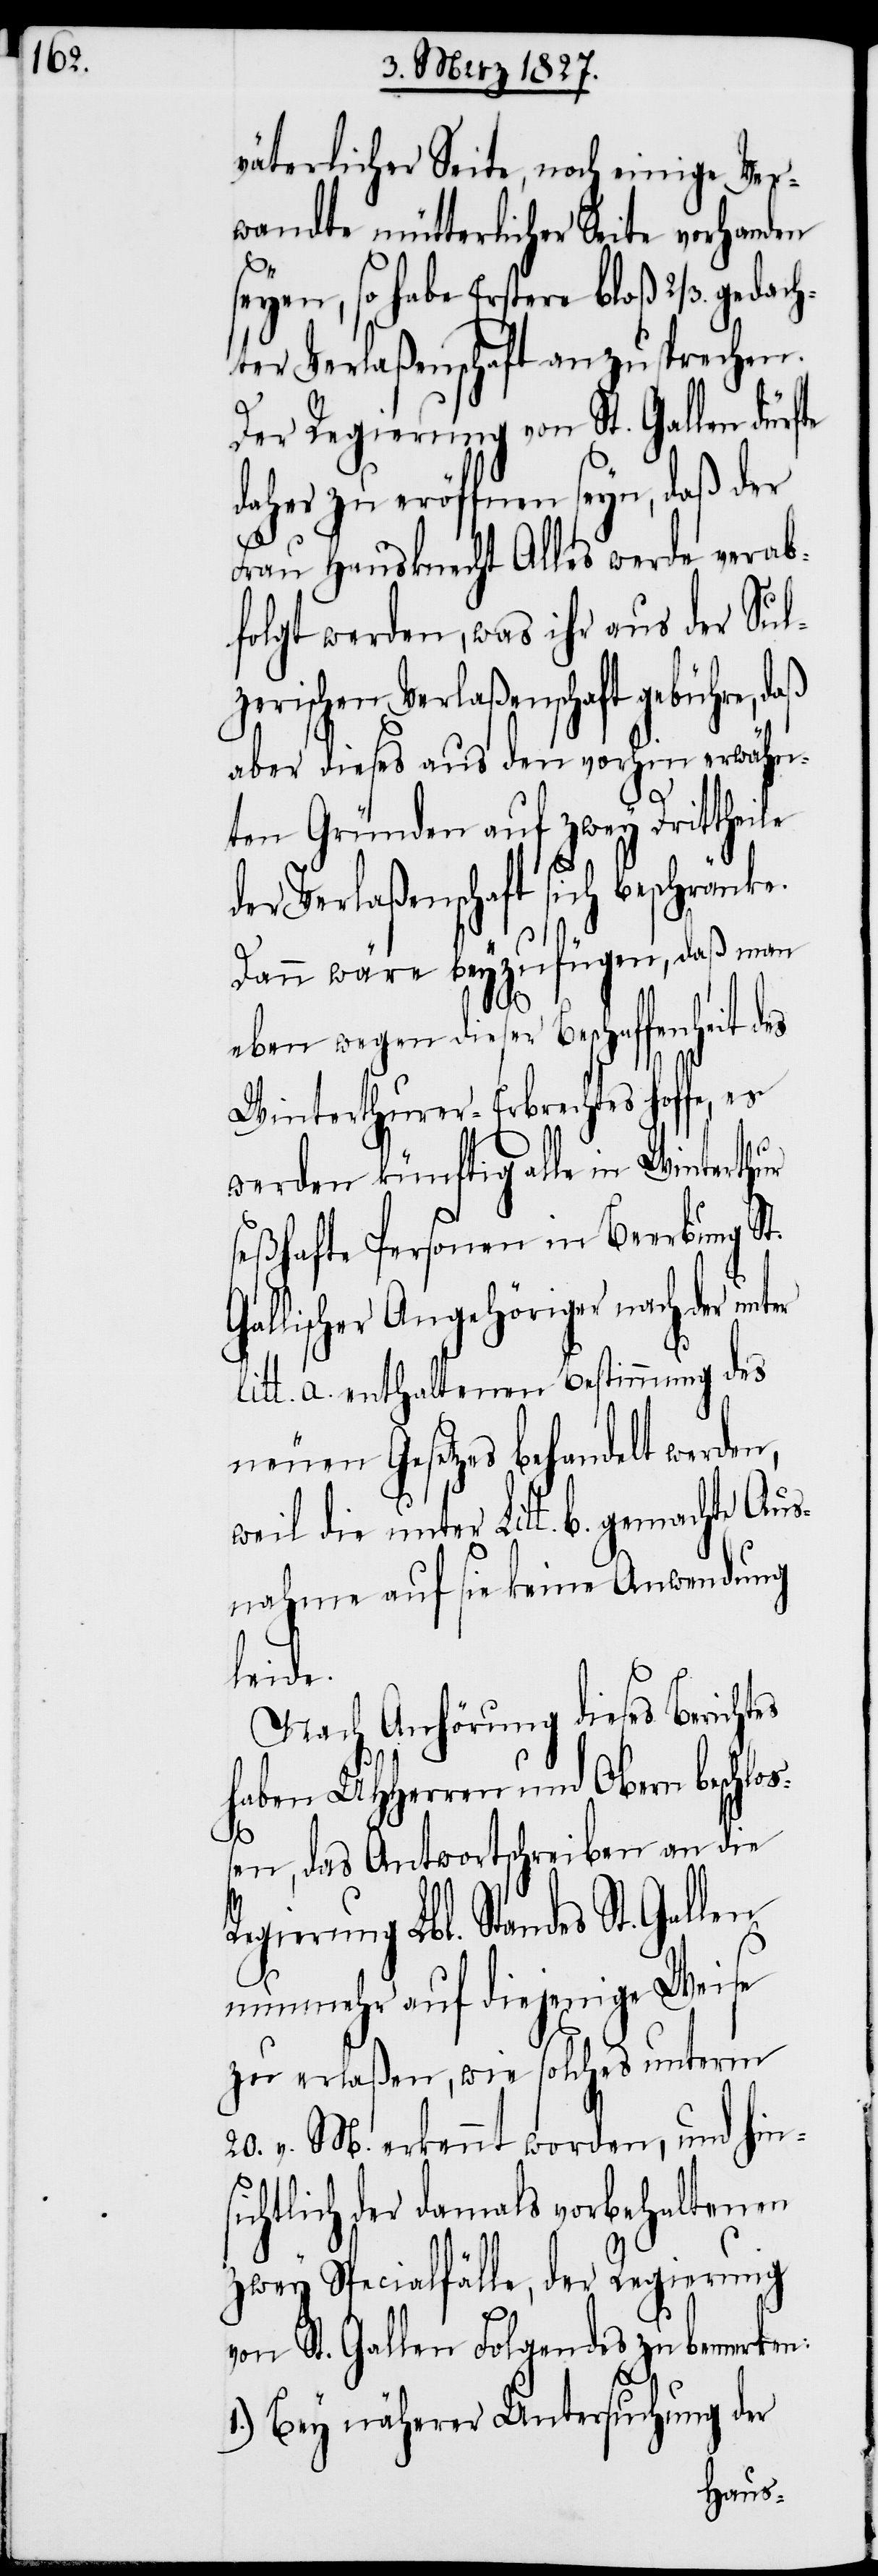
väterlicher Seite, noch einige Ver¬
wandte mütterlicher Seite vorhanden
seyen, so habe Erstere bloß 2/3. ged¬
ter Verlaßenschaft anzusprechen.
Der Regierung von St. Gallen dürfte
daher zu eröffnen seyn, daß der
Frau Hausknecht Alles werde verab¬
folgt werden, was ihr aus der Sul¬
zerischen Verlaßenschaft gebühre, daß
aber dieses aus den vorhin erwähn¬
ten Gründen auf zwey Drittheile
der Verlaßenschaft sich beschränke.
Dann wäre beyzufügen, daß man
eben wegen dieser Beschaffenheit des
Winterthurer-Erbrechtes hoffe, es
werden künftig alle in Winterthur
seßhafte Personen in Beerbung St.
llischer Angehöriger nach der
litt. a. enthaltenen Bestimmung des
neuen Gesetzes behandelt werden,
weil die unter Litt. b. gemachte Aus¬
nahme auf sie keine Anwendung
leide.
Nach Anhörung dieses Berichtes
haben UHHerren und Obern beschlo¬
R¬
ßen, das Antwortschreiben an die
egierung Lbl. Standes St. Gallen
nunmehr auf diejenige Weise
zu erlaßen, wie solches unterm
20. v. M. erkennt worden, und hins¬
ichtlich der damals vorbehaltenen
zwey Specialfälle, der Regierung
von St. Gallen Folgendes zu bemerken:
1.) Bey näherer Untersuchung der